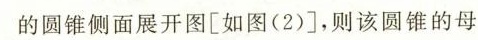
的圆锥侧面展开图[如图(2)]，则该圆锥的母